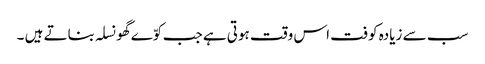
سب سے زیادہ کوفت اس وقت ہوتی ہے جب کوّے گھونسلہ بناتے ہیں ۔